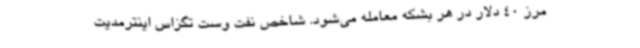
مرز 40 دلار در هر بشکه معامله می‌شود. شاخص نفت وست تگزاس اینترمدیت